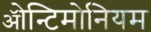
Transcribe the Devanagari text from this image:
ॲोन्टिमोनियम